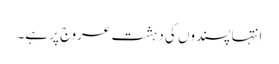
انتہا پسندوں کی دہشت عروج پر ہے۔